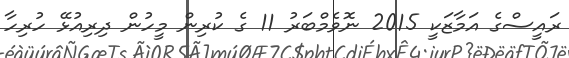
ރައީސްގެ އަމާޒަކީ 2015 ނޮވެމްބަރު 11 ގެ ކުރިން މީހުން ދިރިއުޅޭ ހުރިހާ